Vana-Antsla_vallavalitsus, lk 11
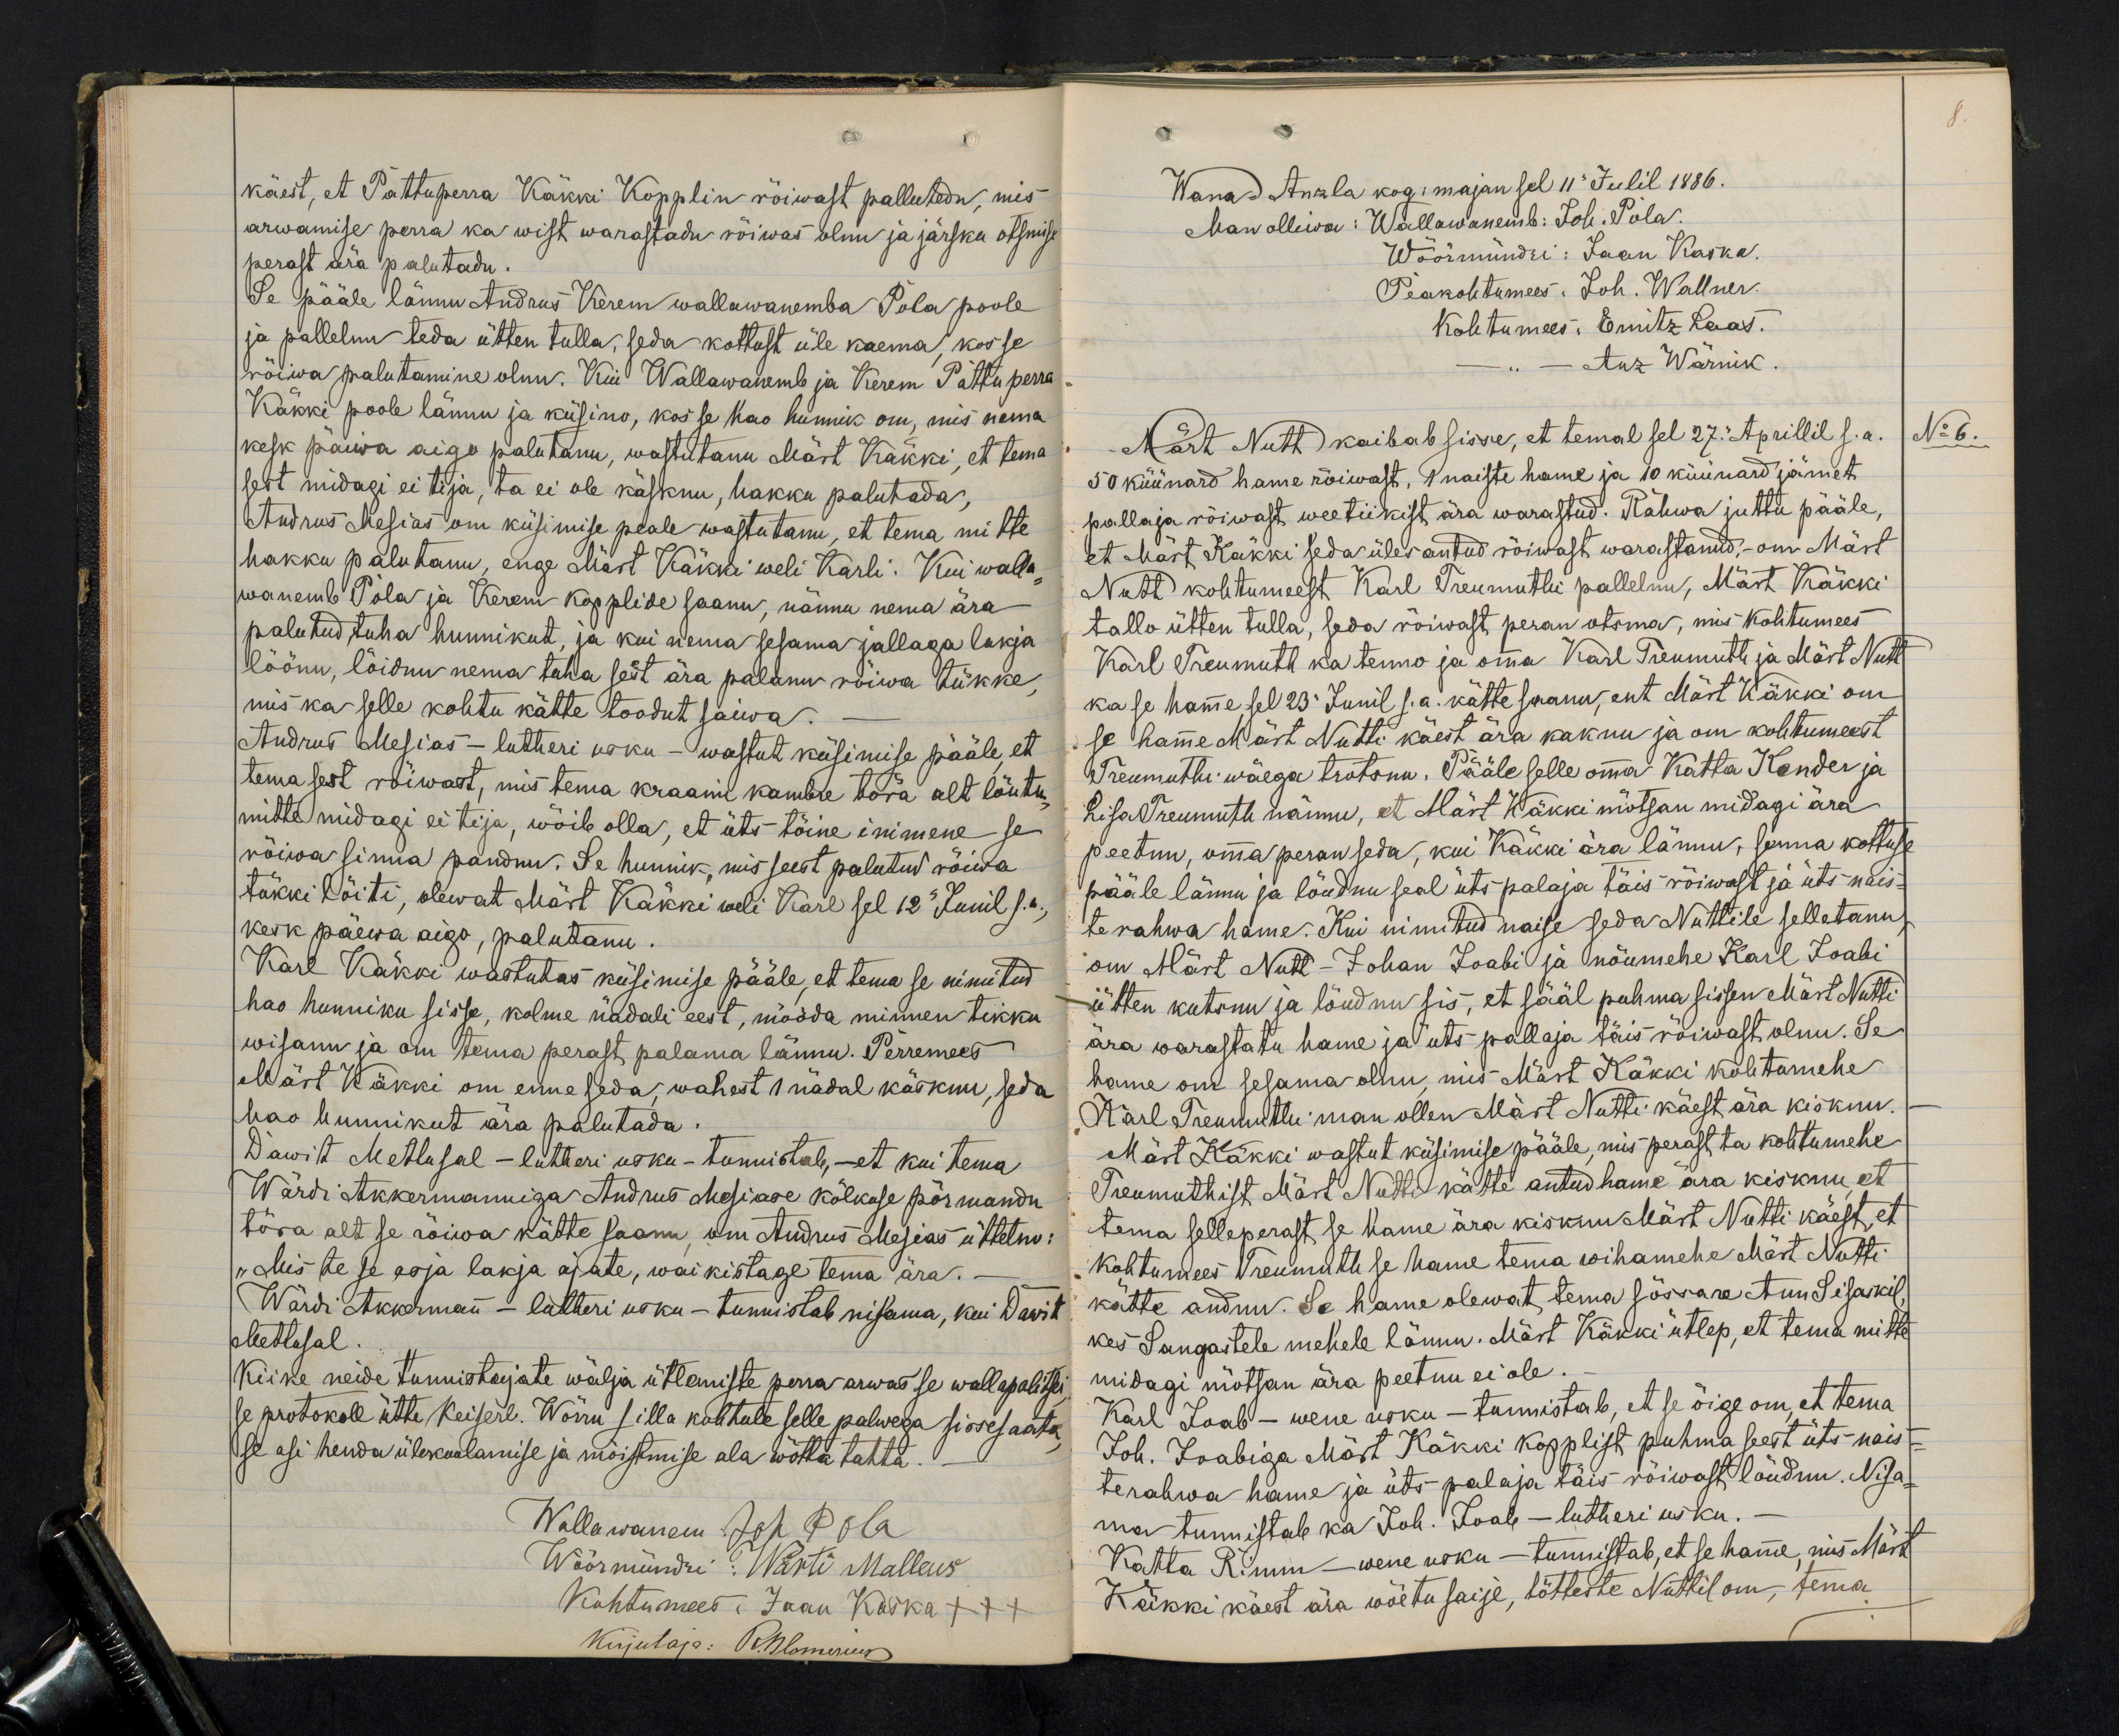
käest, et Pattupeera Käkki Kopplin rõiwast pallutedu, mis
arwamise perra ka wist warastadu rõiwas olnu ja järsku otsmise
perast ära palutadu
Se pääle lännu Andrus Kerem wallawanemba Pola poole
ja pallelnu teda ütten tulla, seda kottust üle kaema, kosse
rõiwa palutamine olnu. Kui Wallawanemb ja Kerem Pattuperra
Käkki poole lännu ja küsino, kos se hao hunnik om, mis nema
kesk päiwa aigo palutanu, wastutanu Märt Käkki, et tema
sest midagi ei tija, ta ei ole käsknu, hakku palutada,
Andrus Mesias om küsimise peale wastutanu, et tema mitte
hakku palutanu, enge Miast Käkki weli Karli. Kui walla
wanemb Pola ja Kerem kopplide saanu, nännu nema ära-
palutud tuha hunnikut, ja kui nema sesama jallaga lakja
löönu, lõidnu tema tuha sest ära palanu rõiwa tükke,
mis ka selle kohtu kähte toodut saiwa.
Andrus Mesias - lutheri usku - wastut küsimise pääle, et
tema sest rõiwast, mis tema kraami kambre tõra alt läutu
mitte midagi ei tija, wõib olla, et üts tõine inimene se
rõiwa sinna pandnu. Se hunnik, mis seest palutud rõiwa
tükki lõiti, olewat Märt Käkki weli Karl sel 12 Junil s.a.
kesk päewa aigo, palutanu
Karl Käkki wastutas küsimise pääle, et tema se nimitud
hao hunniku sisse, kolme nädali eest, mööda minnen tikku
wisanu ja on tema perast palama lännu. Perremees
Märt Käkki om enne seda, wahest 1 nädal käsknu, seda
hao hunnikut ära palutada.
Dawit Mettusal - lutheri usku - tunnistab, - et kui tema
Wärdi Akkermanniga Andrus Mesiade kõlkuse põrmandu
tõra alt se rõiwa kätte saanu, om Andrus Mesias üttelno:
"Mis te se asja lakja ajate, waikistage tema ära.
Wärdi Akkermann - lutheri usku - tunnistab nisama, kui Dawit
Mettusal
Kiike neide tunnistajate wälja ütlemiste perra arwas se wallapolitsei
se protokoll ütte Keiserl. Wõrru silla kohtule selle palwega sissesaata
se asi henda ülekuulamise ja mõistmise ala wõtta tahta.
Wallawanem: Joh Pola
Wöörmündri: Wärti Malleus
Kohtumees: Jaan Kaska +++
Kirjutaja: R. Blomerius

8.
Wana-Anzla kog: majan sel 11. Julil 1886.
Man ollewa: Wallawanemb: Joh. Pola.
Wöörmündri: Jaan Kaska.
Peakohtumees: Joh. Wallner.
Koletumees: Ernitz Laas.
Anz Wärnik
Märt Nutt kaibab sisse, et temal sel 27. Aprillil s.a
No 6.
50 küünard hame rõiwast, 1 naiste hame ja 10 küinard jämet
pallaja rõiwast weetiikist ära warastud. Rahwa juttu pääle,
et Märt Käkki seda üles antud rõiwast warastanud, om Märt
Nutt kohtumeest Karl Treumuthi pallelnu, Märt Käkki
tallo ütten tulla, seda rõiwast peran otsma, mis kohtumees
Karl Treumuth ka temo ja omma Karl Treumuth ja Märt Nutt
ka se hamme sel 23. Junil s.a. kätte saanu, ent Märt Käkki om
se hame Märt Nutti käest ära kaknu ja om kohtumeest
Treumuthi wäega trotsnu. Pääle selle omma Katta Kender ja
Lisa Treumuth nännu, et Märt Käkki mõtsan midagi ära
peetnu, omma peran seda, kui Käkki ära lännu, senna kottuse
pääle lännu ja löudnu seal üts palaja täis rõiwast ja üks nais-
terahwa hame. Kui nimetud naise seda Nuttile selletanu
om Märt Nutt - Johan Joabi ja nõumehe Karl Joabi
ütten kutsnu ja löudnu sis, et sääl puhma sissen Märt Nutti
ära warastatu hame ja üts pallaja täis rõiwast olnu. Se
hame on sesama olnu, mis Märt Käkki kohtomehe
Karl Treumuthi man ollen Mart Nutti käest ära kisknu.
Märt Käkki wastut küsimise pääle, mis perast ta kohtumehe
Treumuthist Märt Nutti kätte antud hame ära kisknu et
tema selleperast se hame ära kisknu Märt Nutti käest, et
kohtumees Treumuth se hame tema wihamehe Märt Nutti
kätte andnu. Se hame olewat tema sõssare Ann Sisaskil
kes Sangastele mehele lännu. Märt Käkki ütlep, et tema mitte
midagi mõtsan ära peetnu ei ole.
Karl Joab - wene usku - tunnistab, et se õige om, et tema
Joh. Joabiga Märt Käkki kopplist puhma seest üts nais-
terahwa häme ja üts palaja täis rõiwast löudnu. Nisa-
ma tunnistab ka Joh. Joab - lutheri usku.
Katta Rimm - wene usku - tunnistab, et se hamme, mis Märt
Käkki käest ära wõetu saije, tõtteste Nattil om, tema